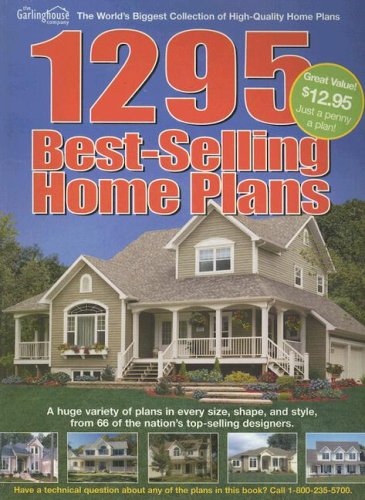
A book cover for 1295 Best Selling Home Plans (Country & Farmhouse Home Plans); Marie Galastro; Crafts, Hobbies & Home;